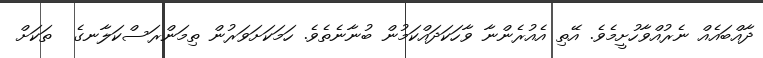
ދާއްބައެއް ނެރުއްވާހުށީމެވެ. އޭތި އެއުރެންނާ ވާހަކަދައްކަމުން ބުނާނެތެވެ. ހަމަކަށަވަރުން ތިމަންރަސްކަލާނގެ  ތަކަށް